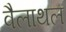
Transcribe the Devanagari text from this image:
वैलाथल